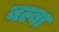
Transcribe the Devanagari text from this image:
बल्बा